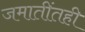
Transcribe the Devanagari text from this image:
जमातींतही